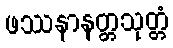
ဖဿနာနတ္တသုတ္တံ